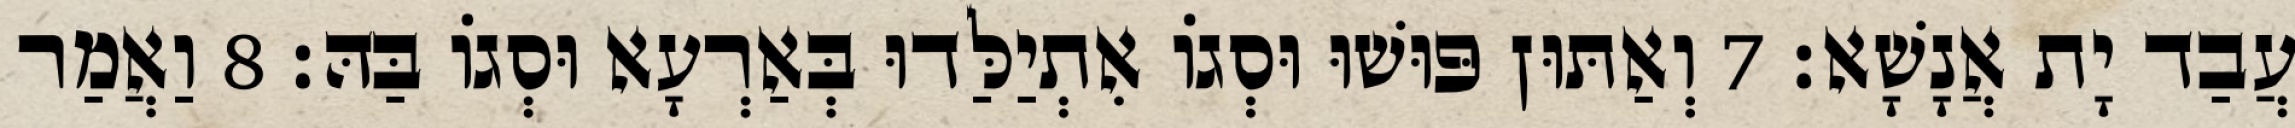
עֲבַד יָת אֲנָשָׁא׃ 7 וְאַתּוּן פּוּשׁוּ וּסְגוֹ אִתְיַלַּדוּ בְּאַרְעָא וּסְגוֹ בַּהּ׃ 8 וַאֲמַר